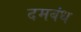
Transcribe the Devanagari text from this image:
दमबंध